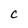
Character: c